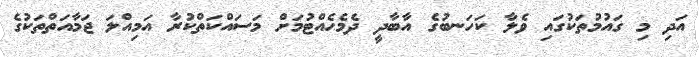
އަދި މި ގައުމުތަކުގައި ވެލާ ކަހަނބުގެ އާބާދީ ދެމެހެއްޓުމަށް މަސައްކަތްކުރާ އަމިއްލަ ޖަމާއަތްތަކުގެ